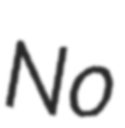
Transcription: No